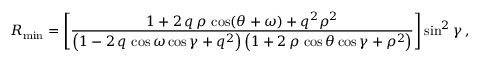
R _ { \mathrm { m i n } } = \left[ \frac { 1 + 2 \, q \, \rho \, \cos ( \theta + \omega ) + q ^ { 2 } \rho ^ { 2 } } { \left( 1 - 2 \, q \, \cos \omega \cos \gamma + q ^ { 2 } \right) \left( 1 + 2 \, \rho \, \cos \theta \cos \gamma + \rho ^ { 2 } \right) } \right] \sin ^ { 2 } \gamma \, ,